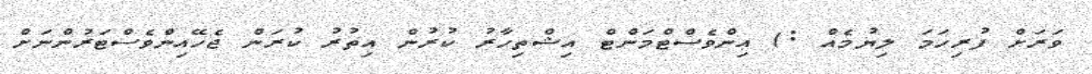
ވަރަށް ފުރިހަމަ ލިޔުމެއް :) އިންވެސްޓްމަންޓް އިޝްތިހާރު ކުރުން އިތުރު ކުރަން ޖެހޭއިންވެސްޓަރުންނަށް